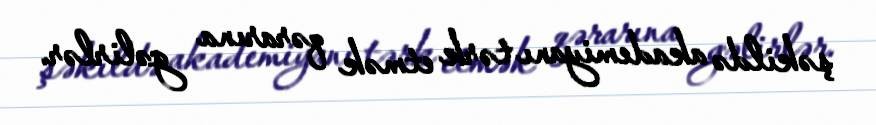
şəkildə akademiyanı tərk etmək qərarına gəlirlər.